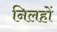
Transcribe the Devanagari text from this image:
निलहों